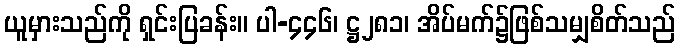
ယူမှားသည်ကို ရှင်းပြခန်း။ ပါ-၄၄၆၊ ဋ္ဌ၂၈၁၊ အိပ်မက်၌ဖြစ်သမျှစိတ်သည်